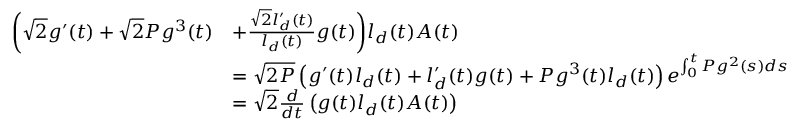
\begin{array} { r l } { \bigg ( \sqrt { 2 } g ^ { \prime } ( t ) + \sqrt { 2 } P g ^ { 3 } ( t ) } & { + \frac { \sqrt { 2 } l _ { d } ^ { \prime } ( t ) } { l _ { d } ( t ) } g ( t ) \bigg ) l _ { d } ( t ) A ( t ) } \\ & { = \sqrt { 2 P } \left( g ^ { \prime } ( t ) l _ { d } ( t ) + l _ { d } ^ { \prime } ( t ) g ( t ) + P g ^ { 3 } ( t ) l _ { d } ( t ) \right) e ^ { \int _ { 0 } ^ { t } P g ^ { 2 } ( s ) d s } } \\ & { = \sqrt { 2 } \frac { d } { d t } \left( g ( t ) l _ { d } ( t ) A ( t ) \right) } \end{array}